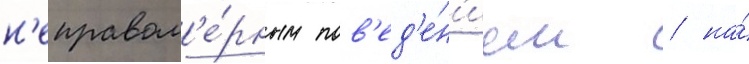
н'еправом'е́рным пов'ед'е́н'ием / на́